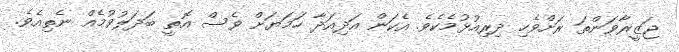
ޖަޒީރާވަންތަ ރަށްވެހި ދިރިއުޅުމެކެވެ. އެކަން އަދިއަދާ ހަމަޔަށް ވެސް އޮތީ ބަދަލުވުމެއް ނެތިއެވެ.